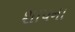
શાપના